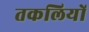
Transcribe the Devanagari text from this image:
तकलियों